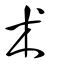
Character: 朮